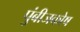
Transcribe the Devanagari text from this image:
पुंबीजकोष